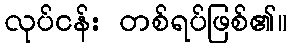
လုပ်ငန်း တစ်ရပ်ဖြစ်၏။